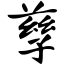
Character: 孳